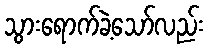
သွားရောက်ခဲ့သော်လည်း